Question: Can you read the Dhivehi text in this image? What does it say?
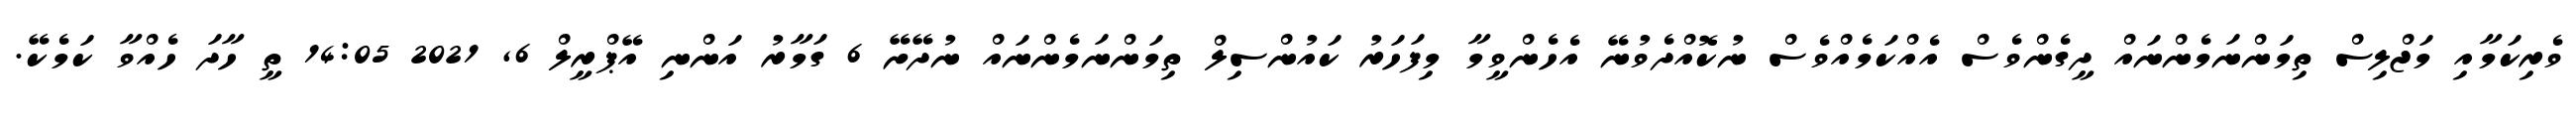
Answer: ވެރިކަމާއި މަޖްލިސް ތިމަންނަމެންނައް ދީގެންވެސް އެއްކަމެއްވެސް ނުކޮއްދެވުނޭ އެހެންވީމާ މިފަހަރު ކައުންސިލް ތިމަންނަމެންނައް ނުދޭށޭ 6 ގަމާރު އަންނި އޭޕްރީލް 6, 2021 14:05 ތީ ހާދަ ހެއްވާ ކަމެކޭ.